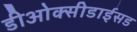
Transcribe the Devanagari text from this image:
डीओक्सीडाईसड